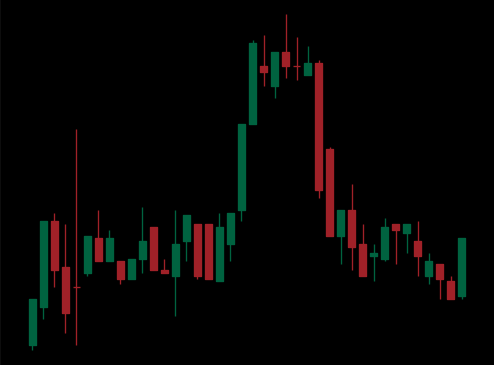
Pattern: head_shoulders